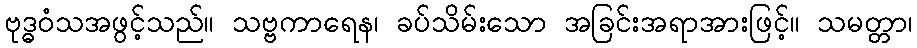
ဗုဒ္ဓဝံသအဖွင့်သည်။ သဗ္ဗကာရေန၊ ခပ်သိမ်းသော အခြင်းအရာအားဖြင့်။ သမတ္တာ၊